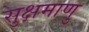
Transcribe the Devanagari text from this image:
सुक्षमाणु